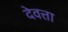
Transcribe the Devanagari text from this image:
देवत्ता